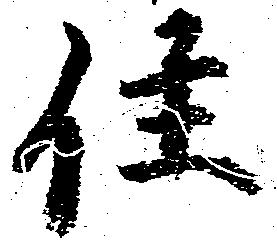
住